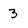
Character: 3